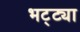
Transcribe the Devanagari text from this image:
भट्‌ट्या